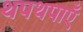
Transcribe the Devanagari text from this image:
थपथपाएँ